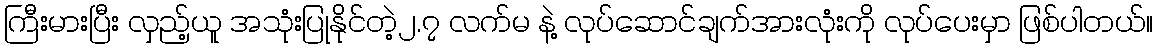
ကြီးမားပြီး လှည့်ယူ အသုံးပြုနိုင်တဲ့၂.၇ လက်မ နဲ့ လုပ်ဆောင်ချက်အားလုံးကို လုပ်ပေးမှာ ဖြစ်ပါတယ်။